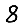
Digit: 8